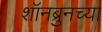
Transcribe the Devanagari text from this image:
शॉनब्रुनच्या